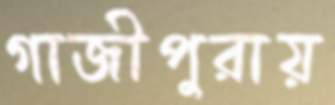
গাজীপুরায়